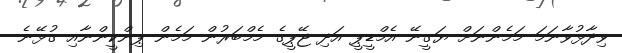
ވިދާޅުވާނަމަ މަމެންނަށް ޔަގީނޭ އެމްޑީޕީ އަދި ޖޭޕީގެ މެމްބަރުން މަމެން ޕިންކީންނާއި ގުޅޭނެ